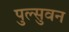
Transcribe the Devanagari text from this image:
पुल्सुवन